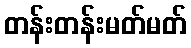
တန်းတန်းမတ်မတ်